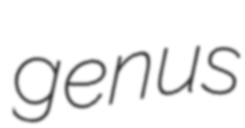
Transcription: genus